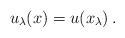
LaTeX: \begin{align*}u_\lambda(x)=u(x_\lambda)\,.\end{align*}